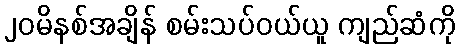
၂၀မိနစ်အချိန် စမ်းသပ်ဝယ်ယူ ကျည်ဆံကို